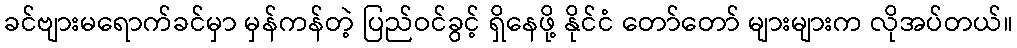
ခင်ဗျားမရောက်ခင်မှာ မှန်ကန်တဲ့ ပြည်ဝင်ခွင့် ရှိနေဖို့ နိုင်ငံ တော်တော် များများက လိုအပ်တယ်။